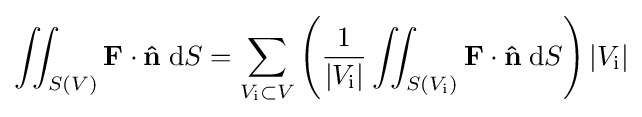
\iint _{S(V)}\mathbf {F} \cdot \mathbf {\hat {n}} \;\mathrm {d} S=\sum _{V_{\text{i}}\subset V}\left({\frac {1}{|V_{\text{i}}|}}\iint _{S(V_{\text{i}})}\mathbf {F} \cdot \mathbf {\hat {n}} \;\mathrm {d} S\right)|V_{\text{i}}|